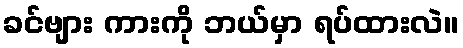
ခင်ဗျား ကားကို ဘယ်မှာ ရပ်ထားလဲ။